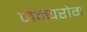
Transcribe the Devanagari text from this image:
जन्‍यरोग